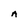
Character: A